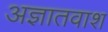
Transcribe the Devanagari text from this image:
अज्ञातवाश